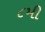
૮મી